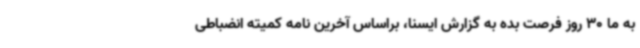
به ما 30 روز فرصت بده به گزارش ایسنا، براساس آخرین نامه کمیته انضباطی